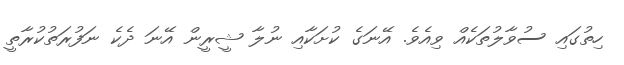
ހިތުގައި ސުވާލުތަކެއް ވިއެވެ. އޭނަގެ ކުށަކާއި ނުލާ ޝީރީން އޭނަ ދެކެ ނަފުރަތުކުރާތީ